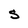
Character: S